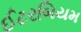
ઈટરબિયમ